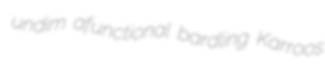
undim afunctional bardling Karroos